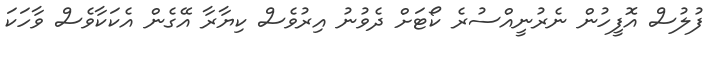
ފުލުސް އޮފީހުން ނެރުނީއްސުރެ ކޯޓަށް ދެވުނު އިރުވެސް ކިޔާރާ އޭގެން އެކަކާވެސް ވާހަކަ